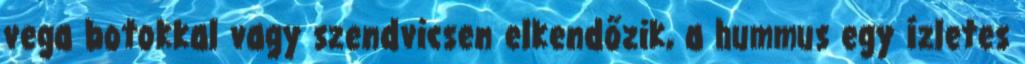
vega botokkal vagy szendvicsen elkendőzik, a hummus egy ízletes